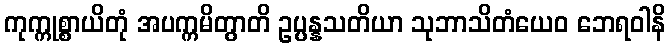
ကုက္ကုစ္စာယိတုံ အပက္ကမိတွာတိ ဥပ္ပန္နသတိယာ သုဘာသိတံယေဝ ဘေရဝါနိ